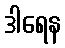
ဒါရေန